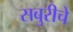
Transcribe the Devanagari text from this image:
सबुरीचे